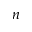
n